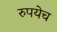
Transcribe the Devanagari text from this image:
रुपयेच